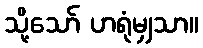
သို့သော် ဟရုံမျှသာ။